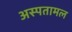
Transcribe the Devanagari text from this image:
अस्पतामल